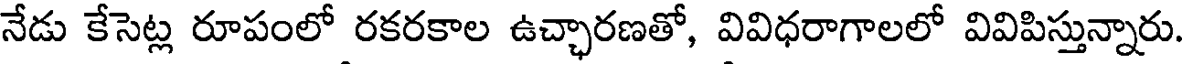
నేడు కేసెట్ల రూపంలో రకరకాల ఉచ్చారణతో, వివిధరాగాలలో వివిపిస్తున్నారు.